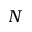
N